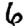
Digit: 6